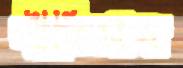
গীতিসত্র